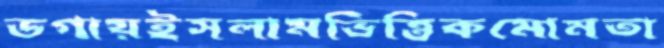
ডগায়ইসলামভিত্তিকমোমতা